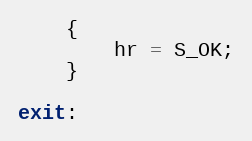
Language: C++
    {
        hr = S_OK;
    }

exit: